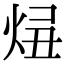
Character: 𤈓